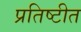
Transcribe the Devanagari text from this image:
प्रतिष्टीत